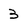
Character: 3